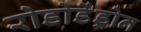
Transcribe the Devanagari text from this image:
रोडोडेंड्रोन